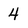
Character: 4